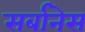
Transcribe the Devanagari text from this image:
सर्बानेस